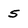
Character: 5